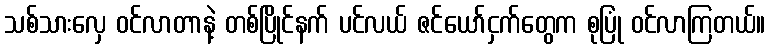
သစ်သားလှေ ဝင်လာတာနဲ့ တစ်ပြိုင်နက် ပင်လယ် ဇင်ယော်ငှက်တွေက စုပြုံ ဝင်လာကြတယ်။